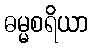
ဓမ္မစရိယာ